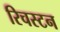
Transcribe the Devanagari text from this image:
रिचस्टन